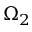
\Omega _ { 2 }